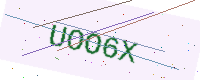
Text: UOO6X